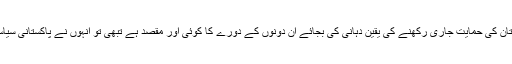
ابھی تو ایسے لگتا ہے کہ دہشت گردی کیخلاف جنگ میں پاکستان کی حمایت جاری رکھنے کی یقین دہانی کی بجائے ان دونوں کے دورے کا کوئی اور مقصد ہے تبھی تو انہوں نے پاکستانی سیاست کا کوئی ایسا کارندہ نہیں چھوڑا جس سے ملاقات نہ کی ہو۔